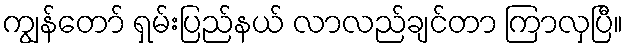
ကျွန်တော် ရှမ်းပြည်နယ် လာလည်ချင်တာ ကြာလှပြီ။